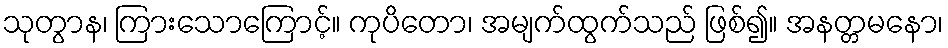
သုတွာန၊ ကြားသောကြောင့်။ ကုပိတော၊ အမျက်ထွက်သည် ဖြစ်၍။ အနတ္တမနော၊